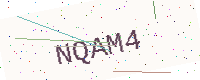
Text: NQAM4